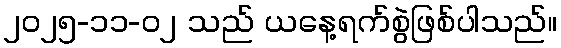
၂၀၂၅-၁၁-၀၂ သည် ယနေ့ရက်စွဲဖြစ်ပါသည်။